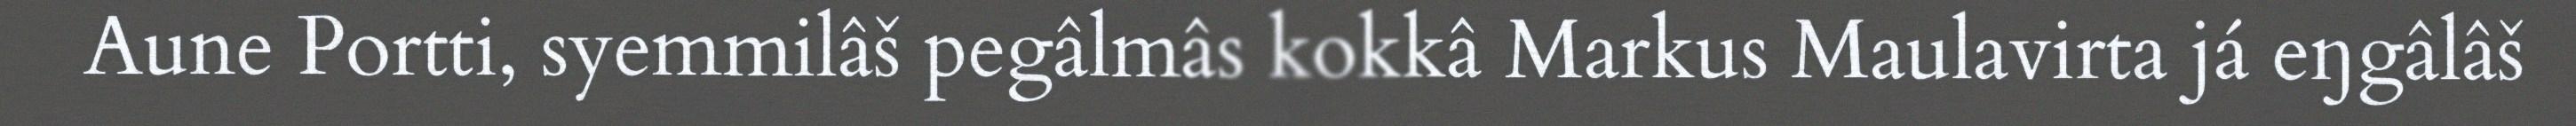
Aune Portti, syemmilâš pegâlmâs kokkâ Markus Maulavirta já eŋgâlâš